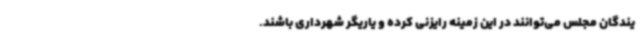
یندگان مجلس می‌توانند در این زمینه رایزنی کرده و یاریگر شهرداری باشند.